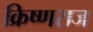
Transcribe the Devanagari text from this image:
क्रिष्णराज